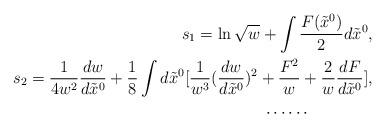
LaTeX: \begin{align*} s_1=\ln\sqrt{w}+\int\frac{F(\tilde{x}^0)}{2}d\tilde{x}^0,\\s_2=\frac{1}{4w^2}\frac{dw}{d\tilde{x}^0}+\frac{1}{8}\int d\tilde{x}^0[\frac{1}{w^3}(\frac{dw}{d\tilde{x}^0})^2+\frac{F^2}{w}+\frac{2}{w}\frac{dF}{d\tilde{x}^0}],\\\cdots\cdots\ \ \ \ \ \ \ \ \ \ \ \ \end{align*}